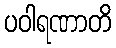
ပဝါရဏာတိ